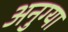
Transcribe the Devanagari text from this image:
अनुग्या